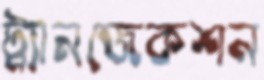
ট্র্যানজেকশন